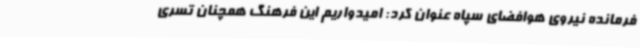
فرمانده نیروی هوافضای سپاه عنوان کرد: امیدواریم این فرهنگ همچنان تسری